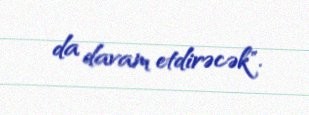
da davam etdirəcək".